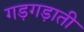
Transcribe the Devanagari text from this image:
गड़गड़ाती